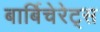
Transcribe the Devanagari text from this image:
बार्बिचेरेट्स